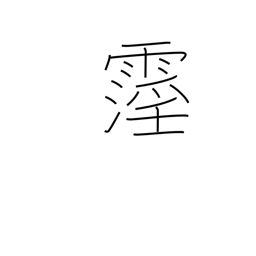
Meaning: rain lasting at least ten days